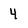
Character: 4